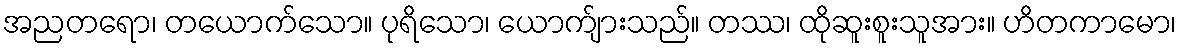
အညတရော၊ တယောက်သော။ ပုရိသော၊ ယောက်ျားသည်။ တဿ၊ ထိုဆူးစူးသူအား။ ဟိတကာမော၊